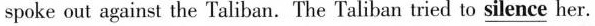
spoke out against the Taliban. The Taliban tried to \underline{silence} her.